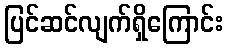
ပြင်ဆင်လျက်ရှိကြောင်း